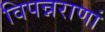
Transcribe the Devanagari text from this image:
विपन्नराणां